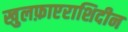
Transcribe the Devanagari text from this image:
खुलफ़ाएराशिदीन